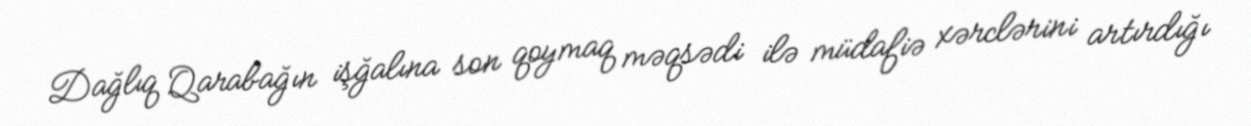
Dağlıq Qarabağın işğalına son qoymaq məqsədi ilə müdafiə xərclərini artırdığı